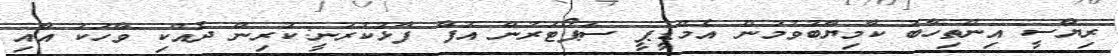
ރިޔާސީ އިންތިހާބު ކާމިޔާބުވުމުން އެމްޑީޕީ ސަޕޯޓަރުން އުފާ ފާޅުކުރަނީ:ކުރިން ދެއްކި ވާހަކަ އާއި